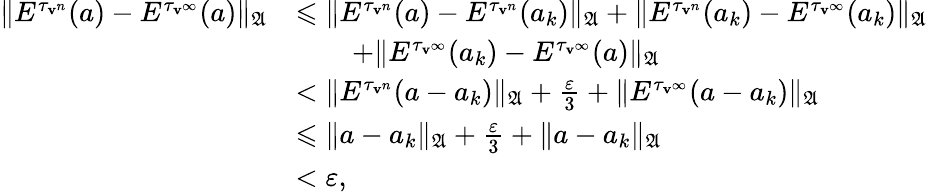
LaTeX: \begin{array}{rl}{\| E^{\tau_{\mathbf{v}^{n}}}(a)-E^{\tau_{\mathbf{v}^{\infty}}}(a)\| _{\mathfrak{A}}}&{\leqslant\| E^{\tau_{\mathbf{v}^{n}}}(a)-E^{\tau_{\mathbf{v}^{n}}}(a_{k})\| _{\mathfrak{A}}+\| E^{\tau_{\mathbf{v}^{n}}}(a_{k})-E^{\tau_{\mathbf{v}^{\infty}}}(a_{k})\| _{\mathfrak{A}}}\\ &{\quad\quad+\| E^{\tau_{\mathbf{v}^{\infty}}}(a_{k})-E^{\tau_{\mathbf{v}^{\infty}}}(a)\| _{\mathfrak{A}}}\\ &{<\| E^{\tau_{\mathbf{v}^{n}}}(a-a_{k})\| _{\mathfrak{A}}+\frac{\varepsilon}{3}+\| E^{\tau_{\mathbf{v}^{\infty}}}(a-a_{k})\| _{\mathfrak{A}}}\\ &{\leqslant\| a-a_{k}\| _{\mathfrak{A}}+\frac{\varepsilon}{3}+\| a-a_{k}\| _{\mathfrak{A}}}\\ &{<\varepsilon,}\end{array}